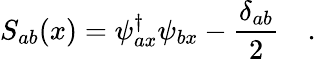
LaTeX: S_{ab}(x)=\psi_{ax}^{\dagger}\psi_{bx}-\frac{\delta_{ab}}{2}\quad.